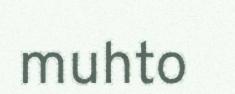
muhto